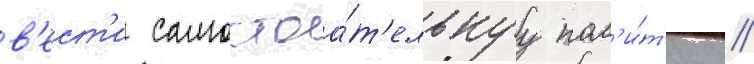
в'ест'и самостоа́т'ельнуу пол'и́т'ику //